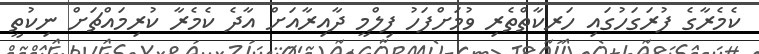
ކެމެރާގެ ފުރަގަހުގައި ހަރކާތްތެރި ވުމަށްފަހު ފިލްމީ ދާއިރާއަށް އާދެ ކެމެރާ ކުރިމައްޗަށް ނިކުތީ